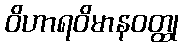
ဝိဟာရဝိမာနဝတ္ထု